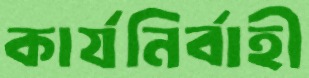
কার্যনির্বাহী